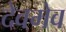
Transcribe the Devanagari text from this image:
देवमेव